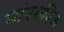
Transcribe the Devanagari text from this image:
सांपरायिक